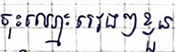
ចុះឈ្មោះរៀងៗខ្លួន